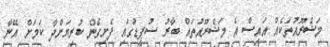
މަޝްރޫއުތަކެއް އައިސް އެ މަޝްރޫއުތައް ބާރު ސުޕީޑުގައި ފެށިގެން ކުރިޔަށްދާ ކަމަށް އޭނާ